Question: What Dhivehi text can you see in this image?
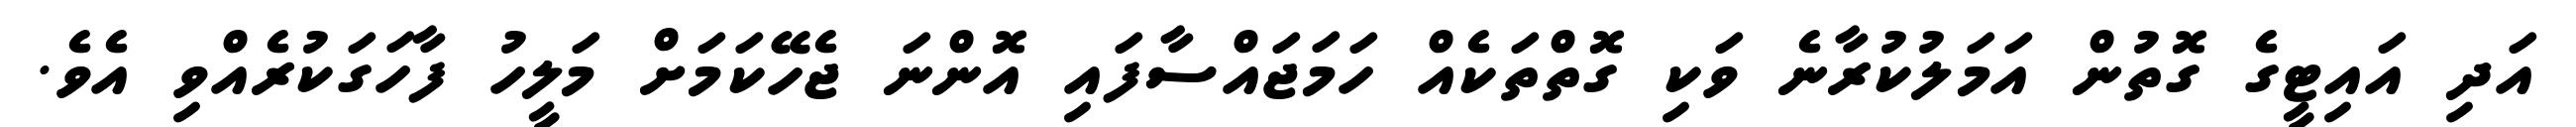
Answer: އަދި އައިޓީގެ ގޮތުން އަމަލުކުރާނެ ވަކި ގޮތްތަކެއް ހަމަޖައްސާފައި އޮންނަ ޖެހޭކަމަށް މަލީހު ފާހަގަކުރެއްވި އެވެ.